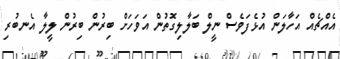
އެއްޗެއް އަހާލަން އުޅެފަވެސް ނީލް ބަލާލިގޮތުން އަވަހަށް ބިރުން ބިރުން ލީލާ އެނބުރި